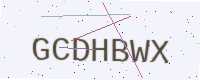
Text: GCDHBWX